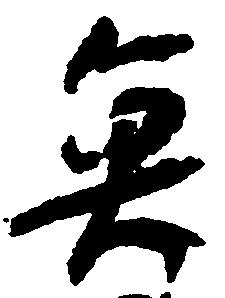
魚